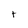
Character: t